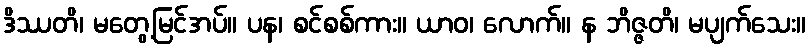
ဒိဿတိ၊ မတွေ့မြင်အပ်။ ပန၊ စင်စစ်ကား။ ယာဝ၊ လောက်။ န ဘိဇ္ဇတိ၊ မပျက်သေး။